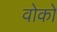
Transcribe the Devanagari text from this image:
वोको